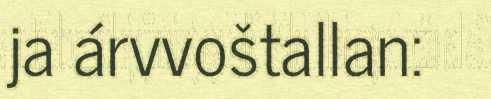
ja árvvoštallan: